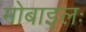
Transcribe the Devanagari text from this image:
मोबाइलः